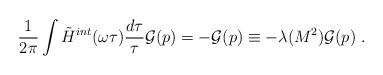
LaTeX: \begin{align*}\frac{1}{2\pi}\int \tilde{H}^{int}(\omega\tau)\frac{d\tau}{\tau} {\cal G}(p)= -{\cal G}(p)\equiv -\lambda(M^2){\cal G}(p)\ .\end{align*}